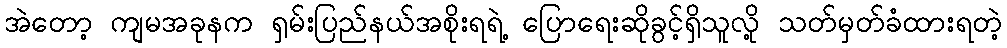
အဲတော့ ကျမအခုနက ရှမ်းပြည်နယ်အစိုးရရဲ့ ပြောရေးဆိုခွင့်ရှိသူလို့ သတ်မှတ်ခံထားရတဲ့